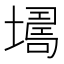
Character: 𡑏